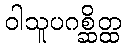
ဝါသူပဂစ္ဆိတ္ထ